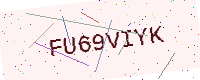
Text: FU69VIYK